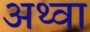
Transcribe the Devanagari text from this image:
अथ्‍वा